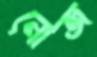
নোজ